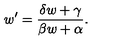
w ^ { \prime } = { \frac { \delta w + \gamma } { \beta w + \alpha } } .